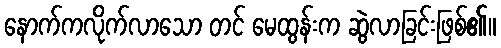
နောက်ကလိုက်လာသော တင် မေထွန်းက ဆွဲလာခြင်းဖြစ်၏။